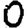
Digit: 0